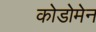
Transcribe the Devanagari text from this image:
कोडोमेन